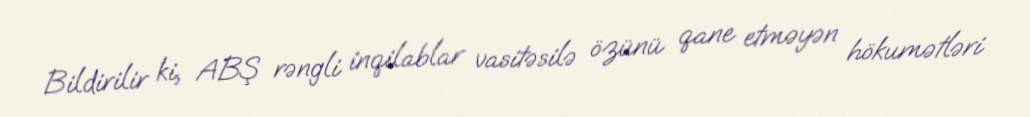
Bildirilir ki, ABŞ rəngli inqilablar vasitəsilə özünü qane etməyən hökumətləri